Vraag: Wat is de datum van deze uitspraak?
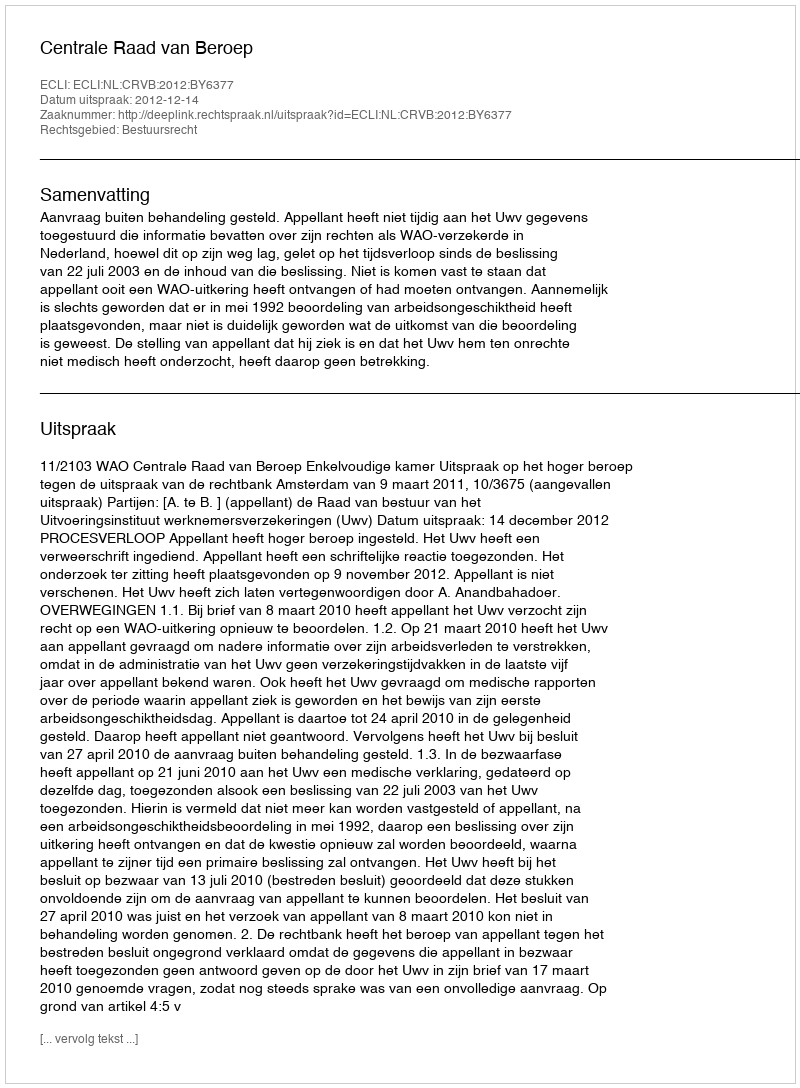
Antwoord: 2012-12-14